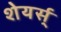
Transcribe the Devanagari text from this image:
शेयर्स्